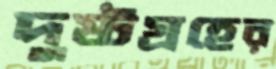
দুষ্টগ্রহের